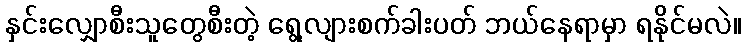
နှင်းလျှောစီးသူတွေစီးတဲ့ ရွေ့လျားစက်ခါးပတ် ဘယ်နေရာမှာ ရနိုင်မလဲ။